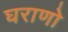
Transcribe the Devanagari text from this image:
घराणो